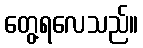
တွေ့ရလေသည်။